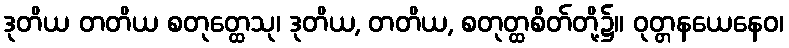
ဒုတိယ တတိယ စတုတ္ထေသု၊ ဒုတိယ, တတိယ, စတုတ္ထစိတ်တို့၌။ ဝုတ္တနယေနေဝ၊